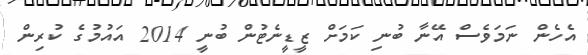
އެހެން ނަމަވެސް އޭނާ ބުނި ކަމަށް ޒީޑީނެޓުން ބުނީ 2014 އައުމުގެ ކުރިން